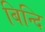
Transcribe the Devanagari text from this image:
बिन्दि